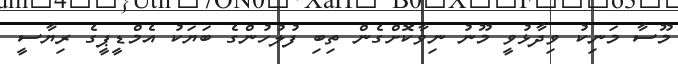
މޫސާ މަނިކު ވިދާޅުވީ މޫނު ނިވާކޮށްގެން ތިބި ފުލުހުންގެ ބަޔަކު އެމްޑީޕީގެ ރިޔާސީ